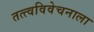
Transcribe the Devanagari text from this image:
तत्त्वविवेचनाला